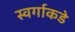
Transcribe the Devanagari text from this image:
स्वर्गाकडे